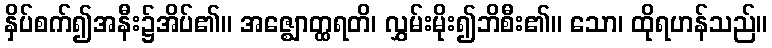
နှိပ်စက်၍အနီး၌အိပ်၏။ အဇ္ဈောတ္ထရတိ၊ လွှမ်းမိုး၍ဘိစီး၏။ သော၊ ထိုရဟန်သည်။